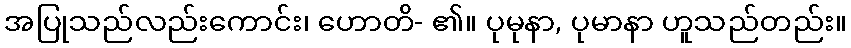
အပြုသည်လည်းကောင်း၊ ဟောတိ- ၏။ ပုမုနာ, ပုမာနာ ဟူသည်တည်း။